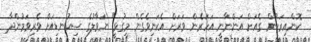
ކޮންއިރަކުން ގެއަށް އަންނާނީ އަހަރެން ވަރަށް އެކަނިވެގެން މިގުޅީ" ނަވާލުގެ ސިކުނޑިއަށް ވެރިވަމުންދާ